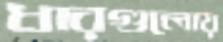
ধারগুলোয়